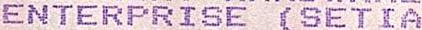
ENTERPRISE (SETIA